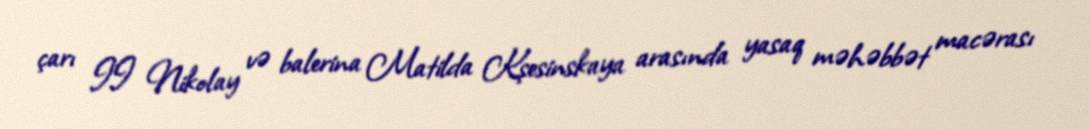
çarı II Nikolay və balerina Matilda Kşesinskaya arasında yasaq məhəbbət macərası